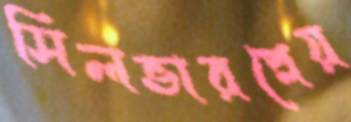
সিলভারপ্লেয়